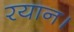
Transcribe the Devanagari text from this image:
रयान।